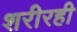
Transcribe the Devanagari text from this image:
शरीरही